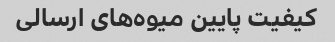
کیفیت پایین میوه‌های ارسالی